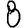
Digit: 8